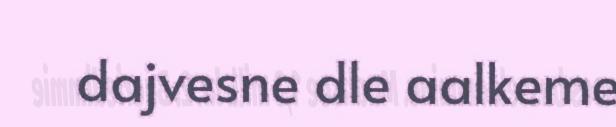
dajvesne dle aalkeme